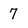
Character: 7